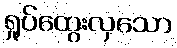
ရှုပ်ထွေးလှသော